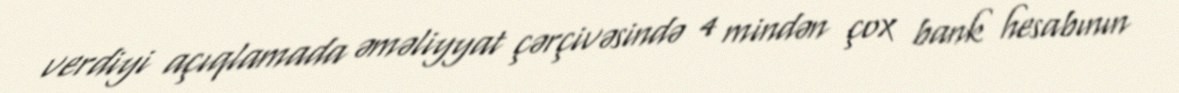
verdiyi açıqlamada əməliyyat çərçivəsində 4 mindən çox bank hesabının